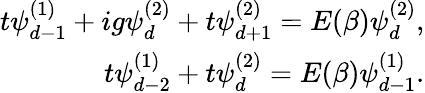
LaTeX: \begin{array}{r}{t\psi_{d-1}^{(1)}+ig\psi_{d}^{(2)}+t\psi_{d+1}^{(2)}=E(\beta)\psi_{d}^{(2)},}\\ {t\psi_{d-2}^{(1)}+t\psi_{d}^{(2)}=E(\beta)\psi_{d-1}^{(1)}.}\end{array}